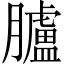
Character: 臚